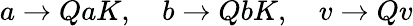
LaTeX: a\rightarrow QaK,\quad b\rightarrow QbK,\quad v\rightarrow Qv